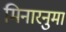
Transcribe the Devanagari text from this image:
मिनारनुमा